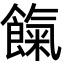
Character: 餼